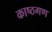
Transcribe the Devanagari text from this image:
काष्ठगण